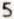
5